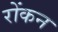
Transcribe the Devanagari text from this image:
रोंकन